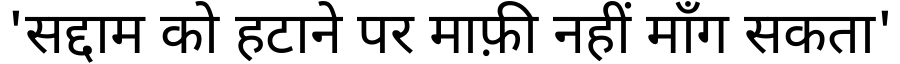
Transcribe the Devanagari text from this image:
'सद्दाम को हटाने पर माफ़ी नहीं माँग सकता'